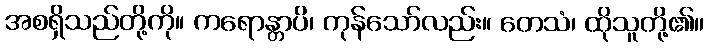
အစရှိသည်တို့ကို။ ကရောန္တာပိ၊ ကုန်သော်လည်း။ တေသံ၊ ထိုသူတို့၏။